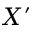
X ^ { \prime }